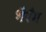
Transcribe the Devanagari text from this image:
भैरँग